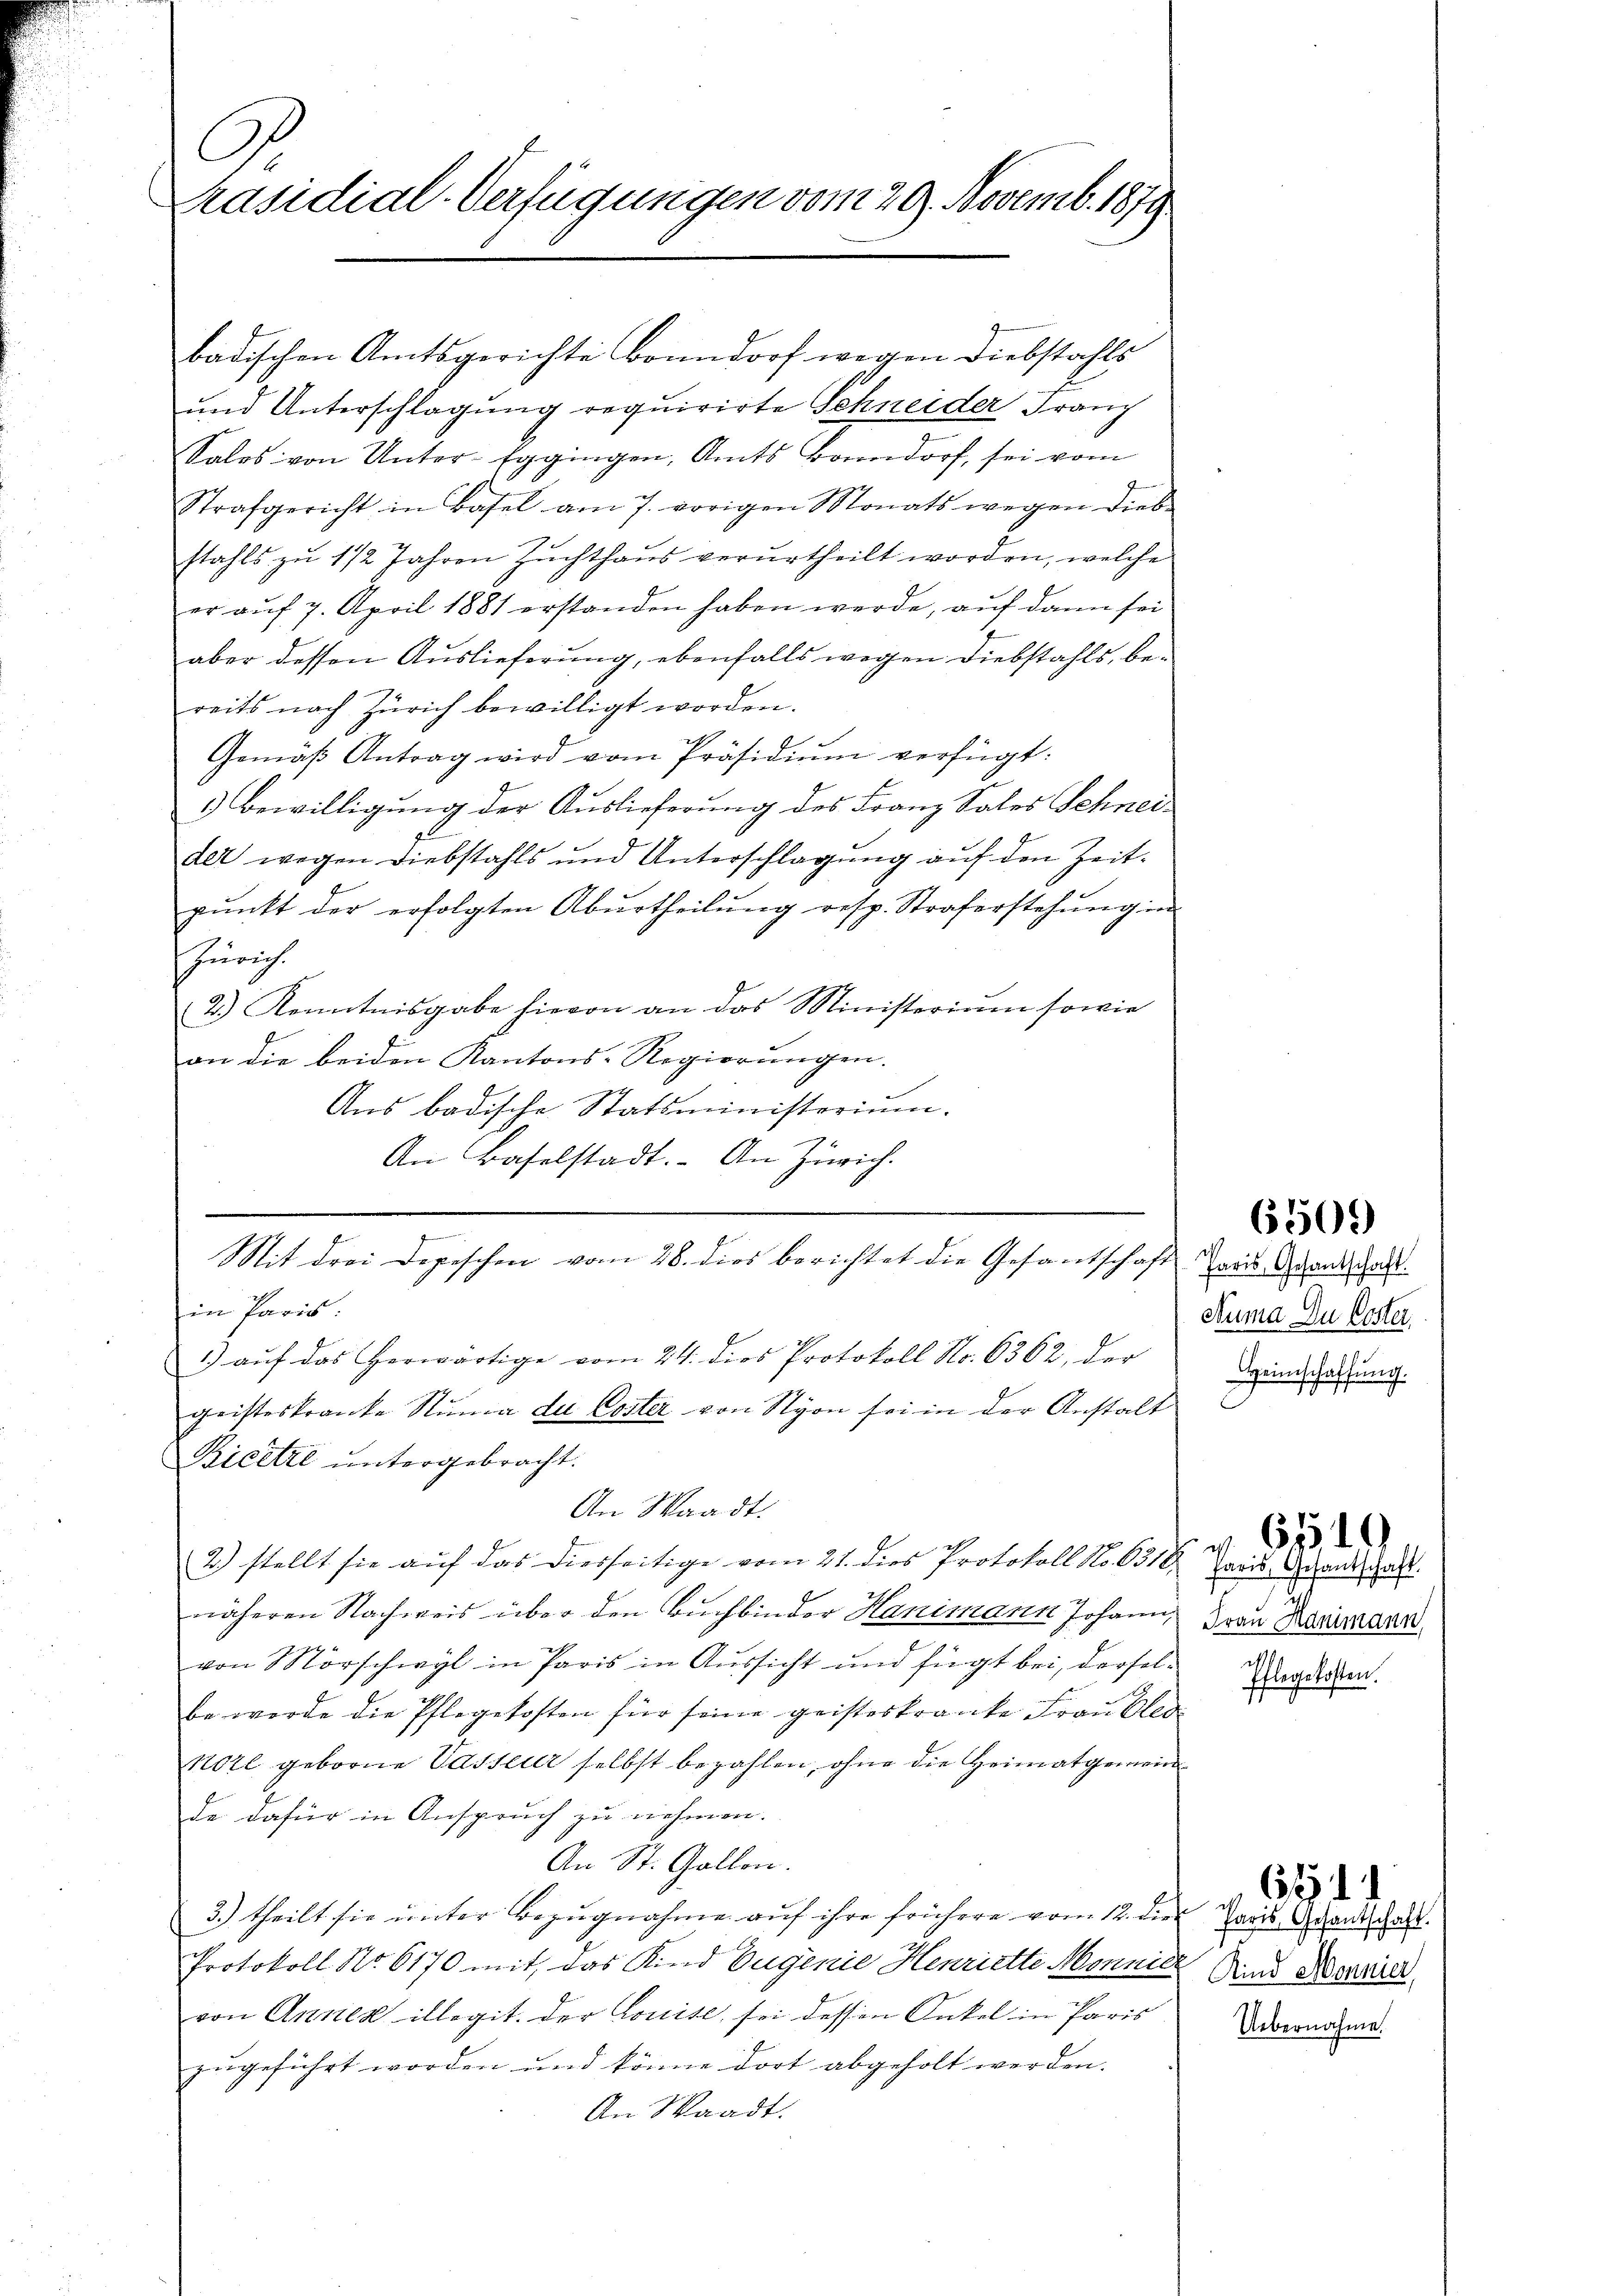
Ab
räsidial-Verfügungen vom 29. Novemb. 1879

badischen Amtsgerichte Bonndorf wegen Diebstahls
und Unterschlagung requirirte Schneider Franz
Sales von Unter-Eggingen, Amts Bonndorf, sei vom
Strafgericht in Basel am 7. vorigen Monats wegen dies
stahls zu 1 1/2 Jahren Zuchthaus verurtheilt worden, welche
er auf 7. April 1881 erstanden haben werde, auf dann sei
aber dessen Auslieferung, ebenfalls wegen Diebstahls, bereits nach Zürich bewilligt worden.
Gemäβ Antrag wird vom Präsidiŭm verfügt:
1.) Bewilligung der Auslieferung des Franz Sales Schneidet wegen Diebstahls und Unterschlagung auf den Zeitpunkt der erfolgten Aburtheilung resp. Straferstehung in
Zürich.
2.) Kenntnisgabe hievon an das Ministerium sowie
an die beiden Kantons-Regierungen.
Ans badische Statsministerium.
An Baselstadt. An Zürich.
Mit drei Depeschen vom 28. dies berichtet die Gesantschaft
in Paris
1) auf das herwärtige vom 24. dies Protokoll No. 6362, der
gristeskranke Stuma du Coster von Nyon sei in der Anstalt
Ricetze untergebracht.
An Waadt.
2) stellt sie auf das Diesseitige vom 21. dies Protokoll No 6310.
näheren Nachweis über den Buchbinder Hanimann Johann,
von Morschwyl in Paris in Aussicht und fügt bei, derfolbe werde die Pflegekosten für seine geisteskranke Frau Cled
Notl geborne Passer selbst bezahlen, ohne die Heimatgemein
de dafür in Anspruch zu nehmen.
An St. Gallen.
3.) theilt sie unter Bezugnahme auf ihre frühere vom 12. die
Protokoll No 6170 mit, das Kind Eugenie Henriette Monnie
von Annex illegit. der Louise, sei dessen Onkel in Paris
zugeführt worden und könne dort abgeholt werden. |
An Waadt.

Paris, Gesantschaft.
Suma Du Poster,
Heimschaffung.

6509)

faris, Gesantschaft.
d
Frau animann,
Pflegekosten.

6519

Paris Gesantschaft.
Kind Mannier,
Uebernahme.

611